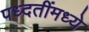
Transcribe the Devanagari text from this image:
पध्दतींमध्ये